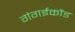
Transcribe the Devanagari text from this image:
गंगईकोंड